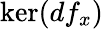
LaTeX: \ker(df_{x})